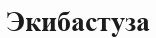
Экибастуза